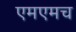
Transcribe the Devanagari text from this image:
एमएमच